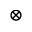
\otimes